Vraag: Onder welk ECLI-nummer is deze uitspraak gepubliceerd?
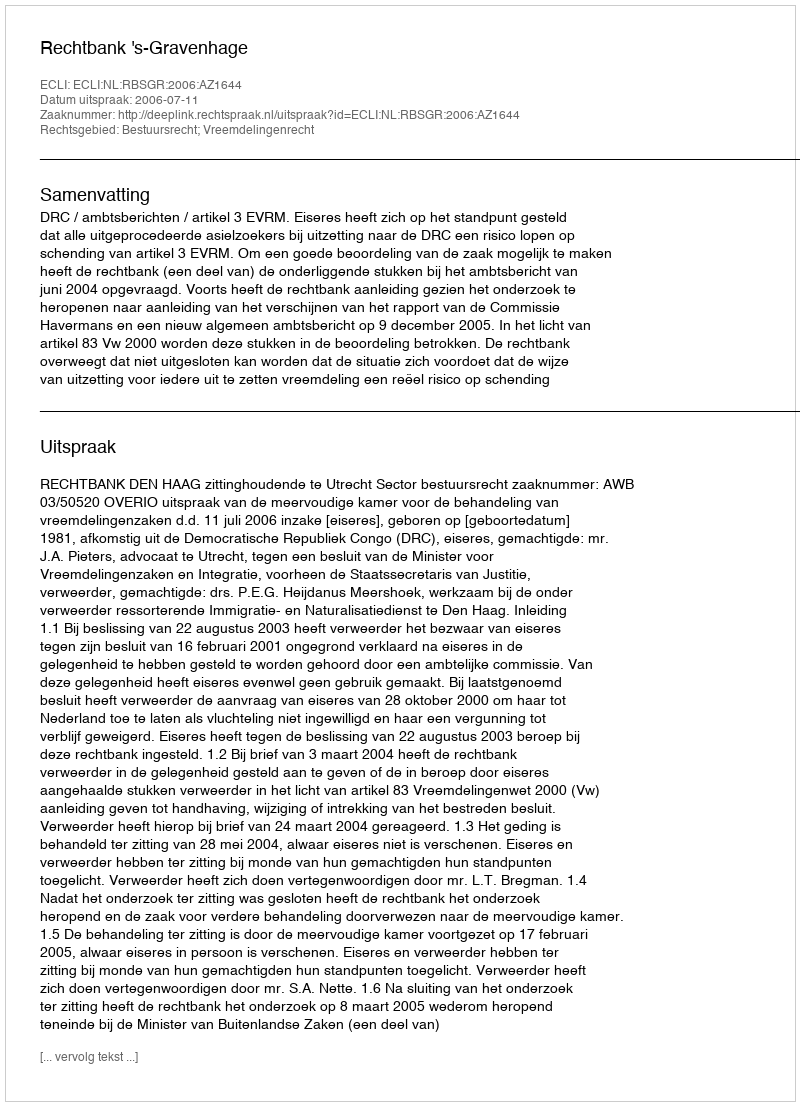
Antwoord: ECLI:NL:RBSGR:2006:AZ1644